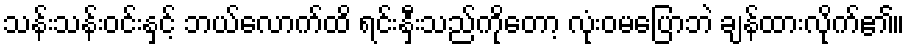
သန်းသန်းဝင်းနှင့် ဘယ်လောက်ထိ ရင်းနှီးသည်ကိုတော့ လုံးဝမပြောဘဲ ချန်ထားလိုက်၏။